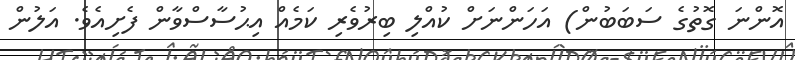
އޮންނަ ގޮތުގެ ސަބަބުން) އަހަންނަށް ކުއްލި ބިރުވެރި ކަމެއް އިޙުސާސްވާން ފެށިއެވެ. އަލުން